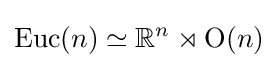
\mathrm {Euc} (n)\simeq \mathbb {R} ^{n}\rtimes \mathrm {O} (n)